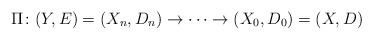
LaTeX: \begin{align*}\Pi\colon (Y, E) = (X_n, D_n) \to \cdots \to (X_0, D_0) = (X, D)\end{align*}